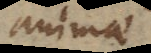
animae